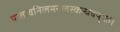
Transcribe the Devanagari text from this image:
यातावनिलमनलस्कन्धवपुषः।।